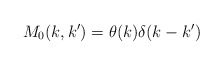
\begin{align*}M_0 (k,k') = \theta(k) \delta(k - k')\end{align*}